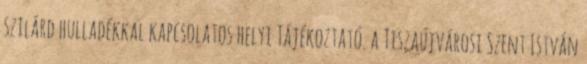
szilárd hulladékkal kapcsolatos helyi Tájékoztató. a Tiszaújvárosi Szent István